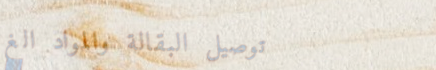
توصيل البقالة والمواد الغ